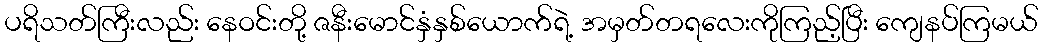
ပရိသတ်ကြီးလည်း နေဝင်းတို့ ဇနီးမောင်နှံနှစ်ယောက်ရဲ့ အမှတ်တရလေးကိုကြည့်ပြီး ကျေနပ်ကြမယ်